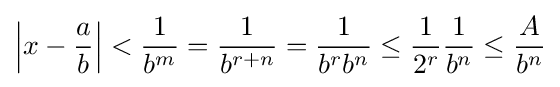
\left|x-{\frac {a}{b}}\right|<{\frac {1}{b^{m}}}={\frac {1}{b^{r+n}}}={\frac {1}{b^{r}b^{n}}}\leq {\frac {1}{2^{r}}}{\frac {1}{b^{n}}}\leq {\frac {A}{b^{n}}}